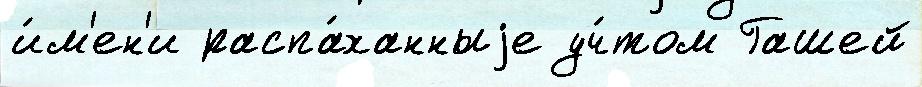
и́м'ен'и распа́ханныjе уч́том Гашей